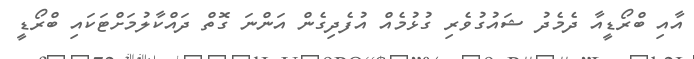
އާއި ބްރޯޑީއާ ދެމެދު ޝައުގުވެރި ގުޅުމެއް އުފެދިގެން އަންނަ ގޮތް ދައްކާލުމަށްޓަކައި ބްރޯޑީ